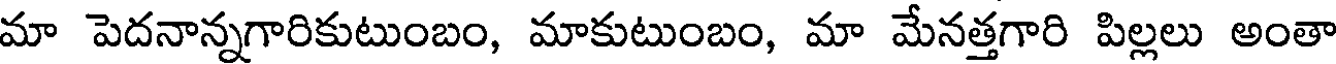
మా పెదనాన్నగారికుటుంబం, మాకుటుంబం, మా మేనత్తగారి పిల్లలు అంతా